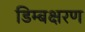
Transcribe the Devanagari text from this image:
डिम्बक्षरण